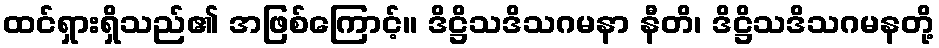
ထင်ရှားရှိသည်၏ အဖြစ်ကြောင့်။ ဒိဋ္ဌိသဒိသဂမနာ နီတိ၊ ဒိဋ္ဌိသဒိသဂမနတို့